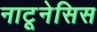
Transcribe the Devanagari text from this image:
नाटूनेसिस